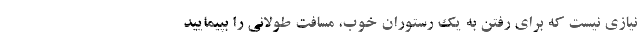
نیازی نیست که برای رفتن به یک رستوران خوب، مسافت طولانی را بپیمایید